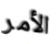
الأمر